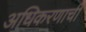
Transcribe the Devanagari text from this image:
अधिकरणाची